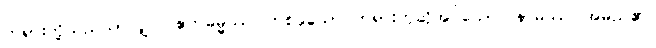
တရားတို့သည်သာလျှင်။ ဧကဓမ္မဿ၊ တစ်ခုသော တရားဟုဆိုအပ်သော။ နာမဿ၊ အမည်၏။